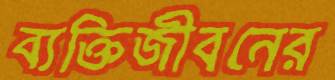
ব্যক্তিজীবনের